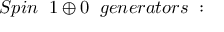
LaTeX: S p i n \; \; 1 \oplus 0 \; \; g e n e r a t o r s \; :